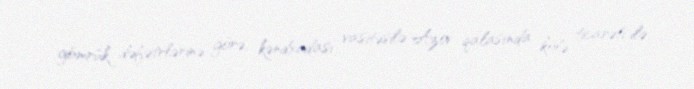
gömrük dəfətrlərinə görə, kəndxudası vasitəsilə Azov qalasında kölə ticarəti ilə